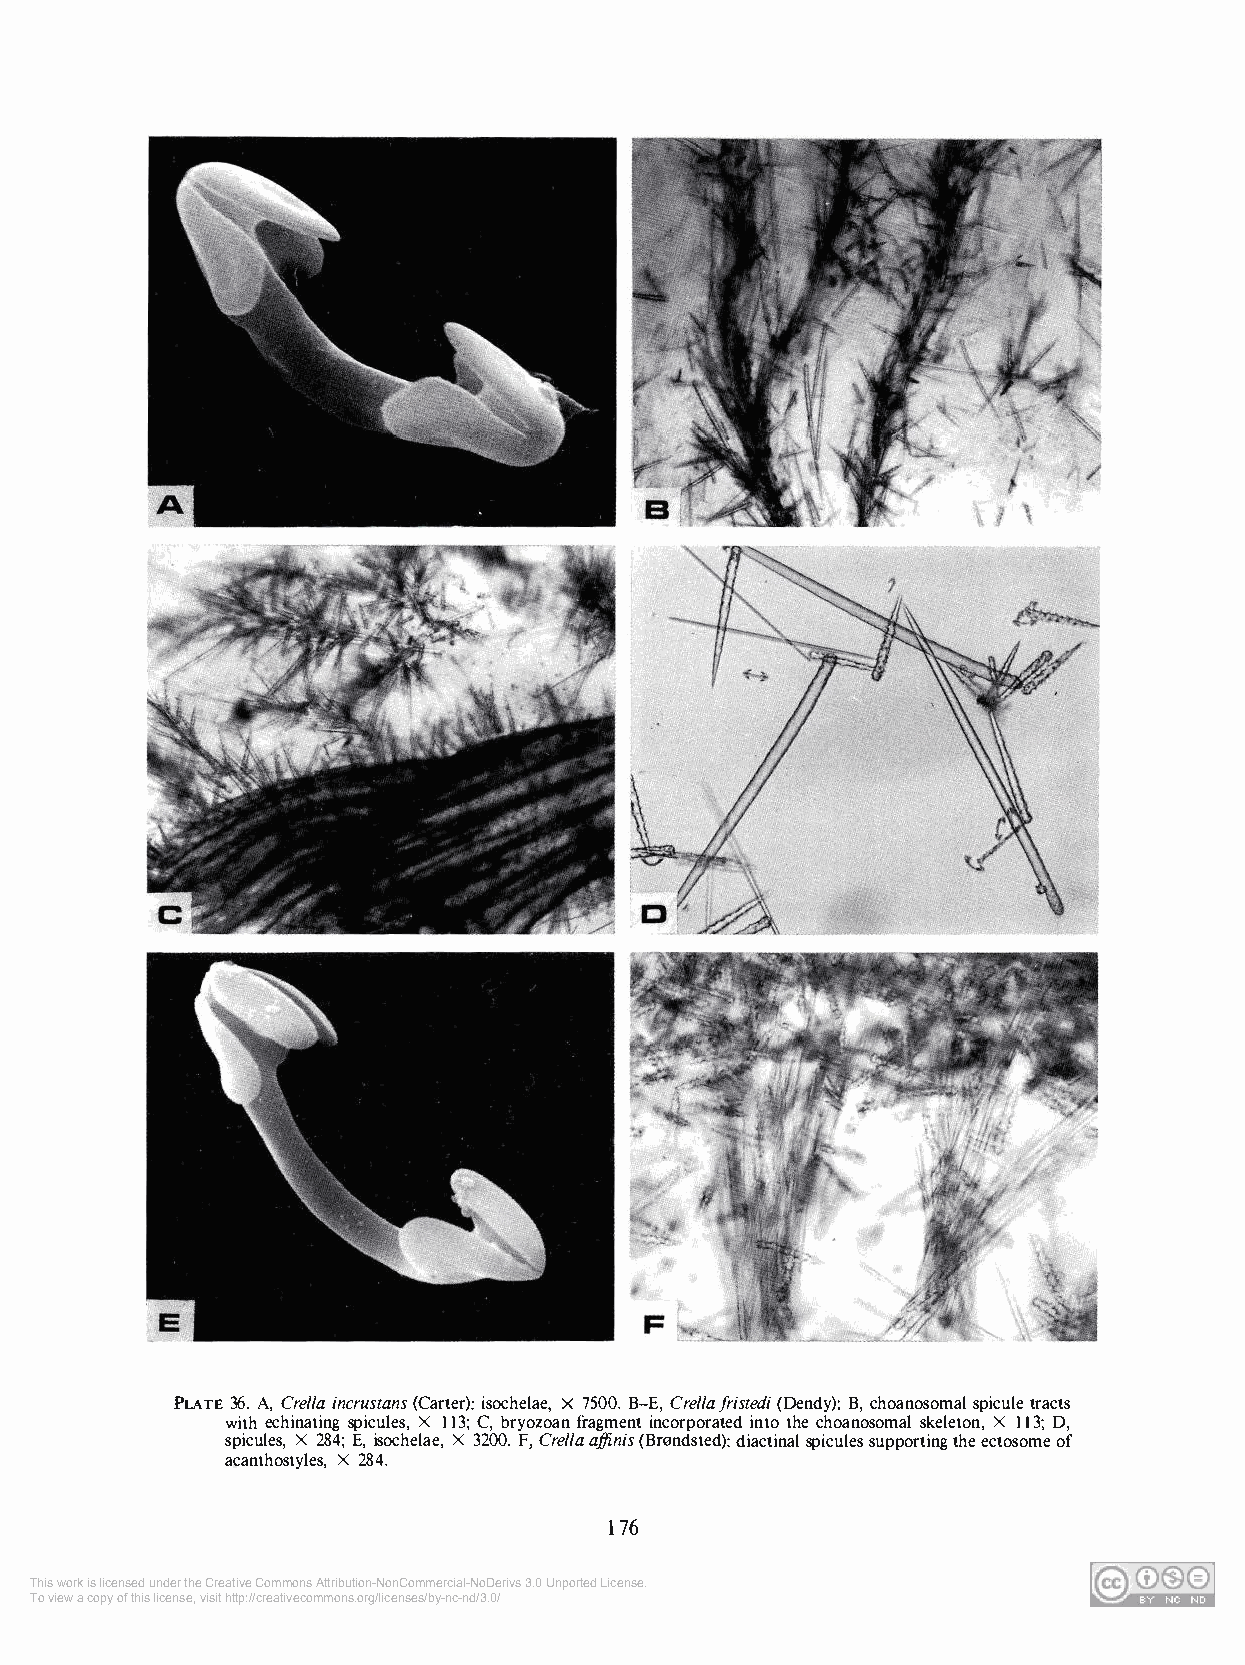
PLATE 36. A, Crelia incrustans (Carter): isochelae, X 7500. B-E, Crelia fristedi (Dendy): B, choanosomal spicule tracts
 with echinating spicules, X 113; C, bryozoan fragment incorporated into the choanosomal skeleton, X 113; D,
 spicules, X 284; E, isochelae, X 3200. F, Crelia a/finis (Brnndsted): diactinal spicules supporting the ectosome of
 acanthostyles, X 284.
 176
 This work is licensed under the Creative Commons Attribution-NonCommercial-NoDerivs 3.0 Unported License.
 To view a copy of this license, visit http://creativecommons.org/licenses/by-nc-nd/3.0/